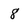
Character: 8